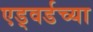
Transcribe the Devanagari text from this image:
एड्वर्डच्या